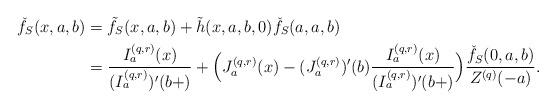
LaTeX: \begin{align*}\check{f}_S(x,a,b) &=\tilde{f}_S(x,a,b) +\tilde{h}(x,a,b,0)\check{f}_S(a,a,b) \\&=\frac{I_a^{(q,r)}(x)}{(I_a^{(q,r)})'(b+)} +\Big( J_a^{(q,r)}(x)-(J_a^{(q,r)})'(b)\frac{I_a^{(q,r)}(x)}{(I_a^{(q,r)})'(b+)}\Big) \frac{\check{f}_S(0,a,b)}{Z^{(q)}(-a)}.\end{align*}